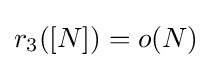
r_{3}([N])=o(N)